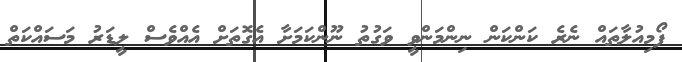
ފޯމިއުލާތައް ނެރެ ކަންކަން ނިންމަންވީ ވަގުތު ނޫންކަމަށާ އެގޮތަށް އެއްވެސް ލީޑަރު މަސައްކަތް